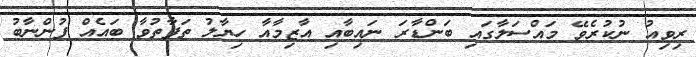
ރިވިއު ނުކުރެވޭ މައްސަލާގައި ބަންޑާރަ ނައިބާއި އާޒިމާއާ ހިޔާލު ތަފާތުވާ ބައެއް ފުންނާބު